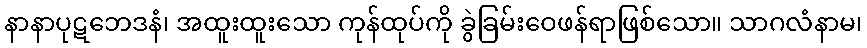
နာနာပုဋဘေဒနံ၊ အထူးထူးသော ကုန်ထုပ်ကို ခွဲခြမ်းဝေဖန်ရာဖြစ်သော။ သာဂလံနာမ၊